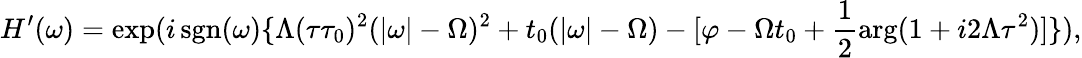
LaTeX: H^{\prime}(\omega)=\exp(i\operatorname{sgn}(\omega)\{ \Lambda(\tau\tau_{0})^{2}(|\omega|-\Omega)^{2}+t_{0}(|\omega|-\Omega)-[\varphi-\Omega t_{0}+\frac{1}{2}\arg(1+i2\Lambda\tau^{2})]\} ),